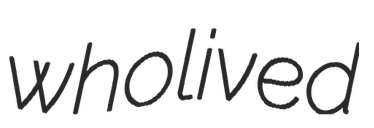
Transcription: who lived